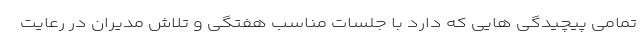
تمامی پیچیدگی هایی که دارد با جلسات مناسب هفتگی و تلاش مدیران در رعایت